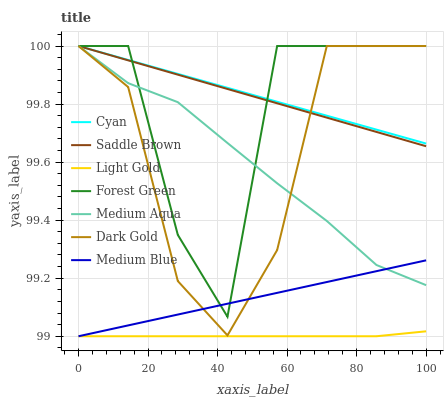
| xaxis_label | Cyan | Saddle Brown | Light Gold | Forest Green | Medium Aqua | Dark Gold | Medium Blue |
 | --- | --- | --- | --- | --- | --- | --- | --- |
 | 0 | 100 | 100 | 99 | 100 | 100 | 100 | 99 |
 | 14.3 | 100 | 100 | 99 | 100 | 99.9 | 99.9 | 99 |
 | 28.6 | 99.9 | 99.9 | 99 | 99.3 | 99.8 | 99.2 | 99.1 |
 | 42.9 | 99.9 | 99.9 | 99 | 99.1 | 99.7 | 99 | 99.1 |
 | 57.1 | 99.8 | 99.8 | 99 | 100 | 99.5 | 99.3 | 99.1 |
 | 71.4 | 99.8 | 99.8 | 99 | 100 | 99.4 | 100 | 99.2 |
 | 85.7 | 99.7 | 99.7 | 99 | 100 | 99.2 | 100 | 99.2 |
 | 100 | 99.7 | 99.7 | 99 | 100 | 99.2 | 100 | 99.3 |